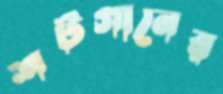
শর্টগানের